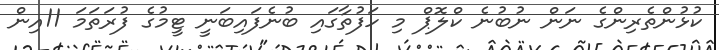
ކުޅުންތެރިންގެ ނަން ނުބުނެ ކްލޮޕް މި ހަފުތާގައި ބުނެފައިބަނީ ޓީމުގެ ފުރަތަމަ 11އިން